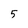
Character: 5